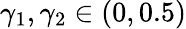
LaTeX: \gamma_{1},\gamma_{2}\in(0,0.5)